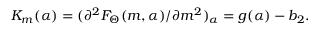
K _ { m } ( \alpha ) = ( \partial ^ { 2 } { F _ { \Theta } ( m , \alpha ) / \partial { m } ^ { 2 } } ) _ { \alpha } = g ( \alpha ) - b _ { 2 } .